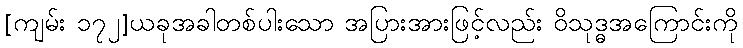
[ကျမ်း ၁၇၂]ယခုအခါတစ်ပါးသော အပြားအားဖြင့်လည်း ဝိသုဒ္ဓအကြောင်းကို